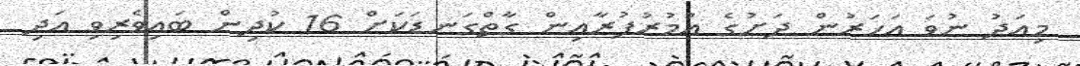
މިއަދު ނުވަ އަހަރުން ދަށުގެ އުމުރުފުރާއިން ގާތްގަނޑަކަށް 16 ކުދިން ބައިވެރިވި އަދި